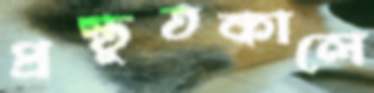
প্রস্তুতকালে